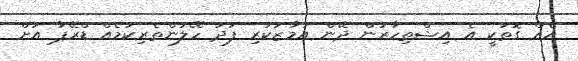
އެއް ގޮތަކީ އެ އިޝްތިހާރުން ދޭން އަމާޒުކުރި ފަދަ ހޭލުންތެރިކަމެއް ޑްރޭޕާ އަށް